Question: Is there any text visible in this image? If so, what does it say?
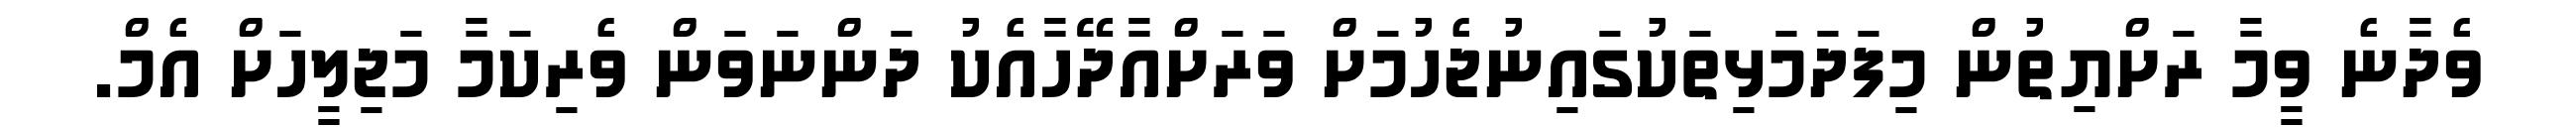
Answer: ވެދާނެ ވީމާ ރަށްޔިތުން މިފަދަމަޅިތަކުގައިނުޖެހުމަށް ވަރަށްއާދޭހާއެކު ދަންނަވަން ވެރިކަމާ މަޖިލީހަށް އެމް.